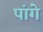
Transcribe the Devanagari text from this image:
पांगे